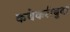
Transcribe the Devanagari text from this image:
कथेकरीबुवा